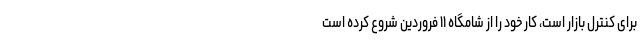
برای کنترل بازار است، کار خود را از شامگاه ۱۱ فروردین شروع کرده است